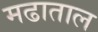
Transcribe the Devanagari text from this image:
मढाताल